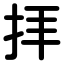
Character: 拝